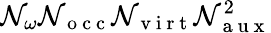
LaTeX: \mathcal{N}_{\omega}\mathcal{N}_{\mathrm{{~o~c~c~}}}\mathcal{N}_{\mathrm{{~v~i~r~t~}}}\mathcal{N}_{\mathrm{{~a~u~x~}}}^{2}